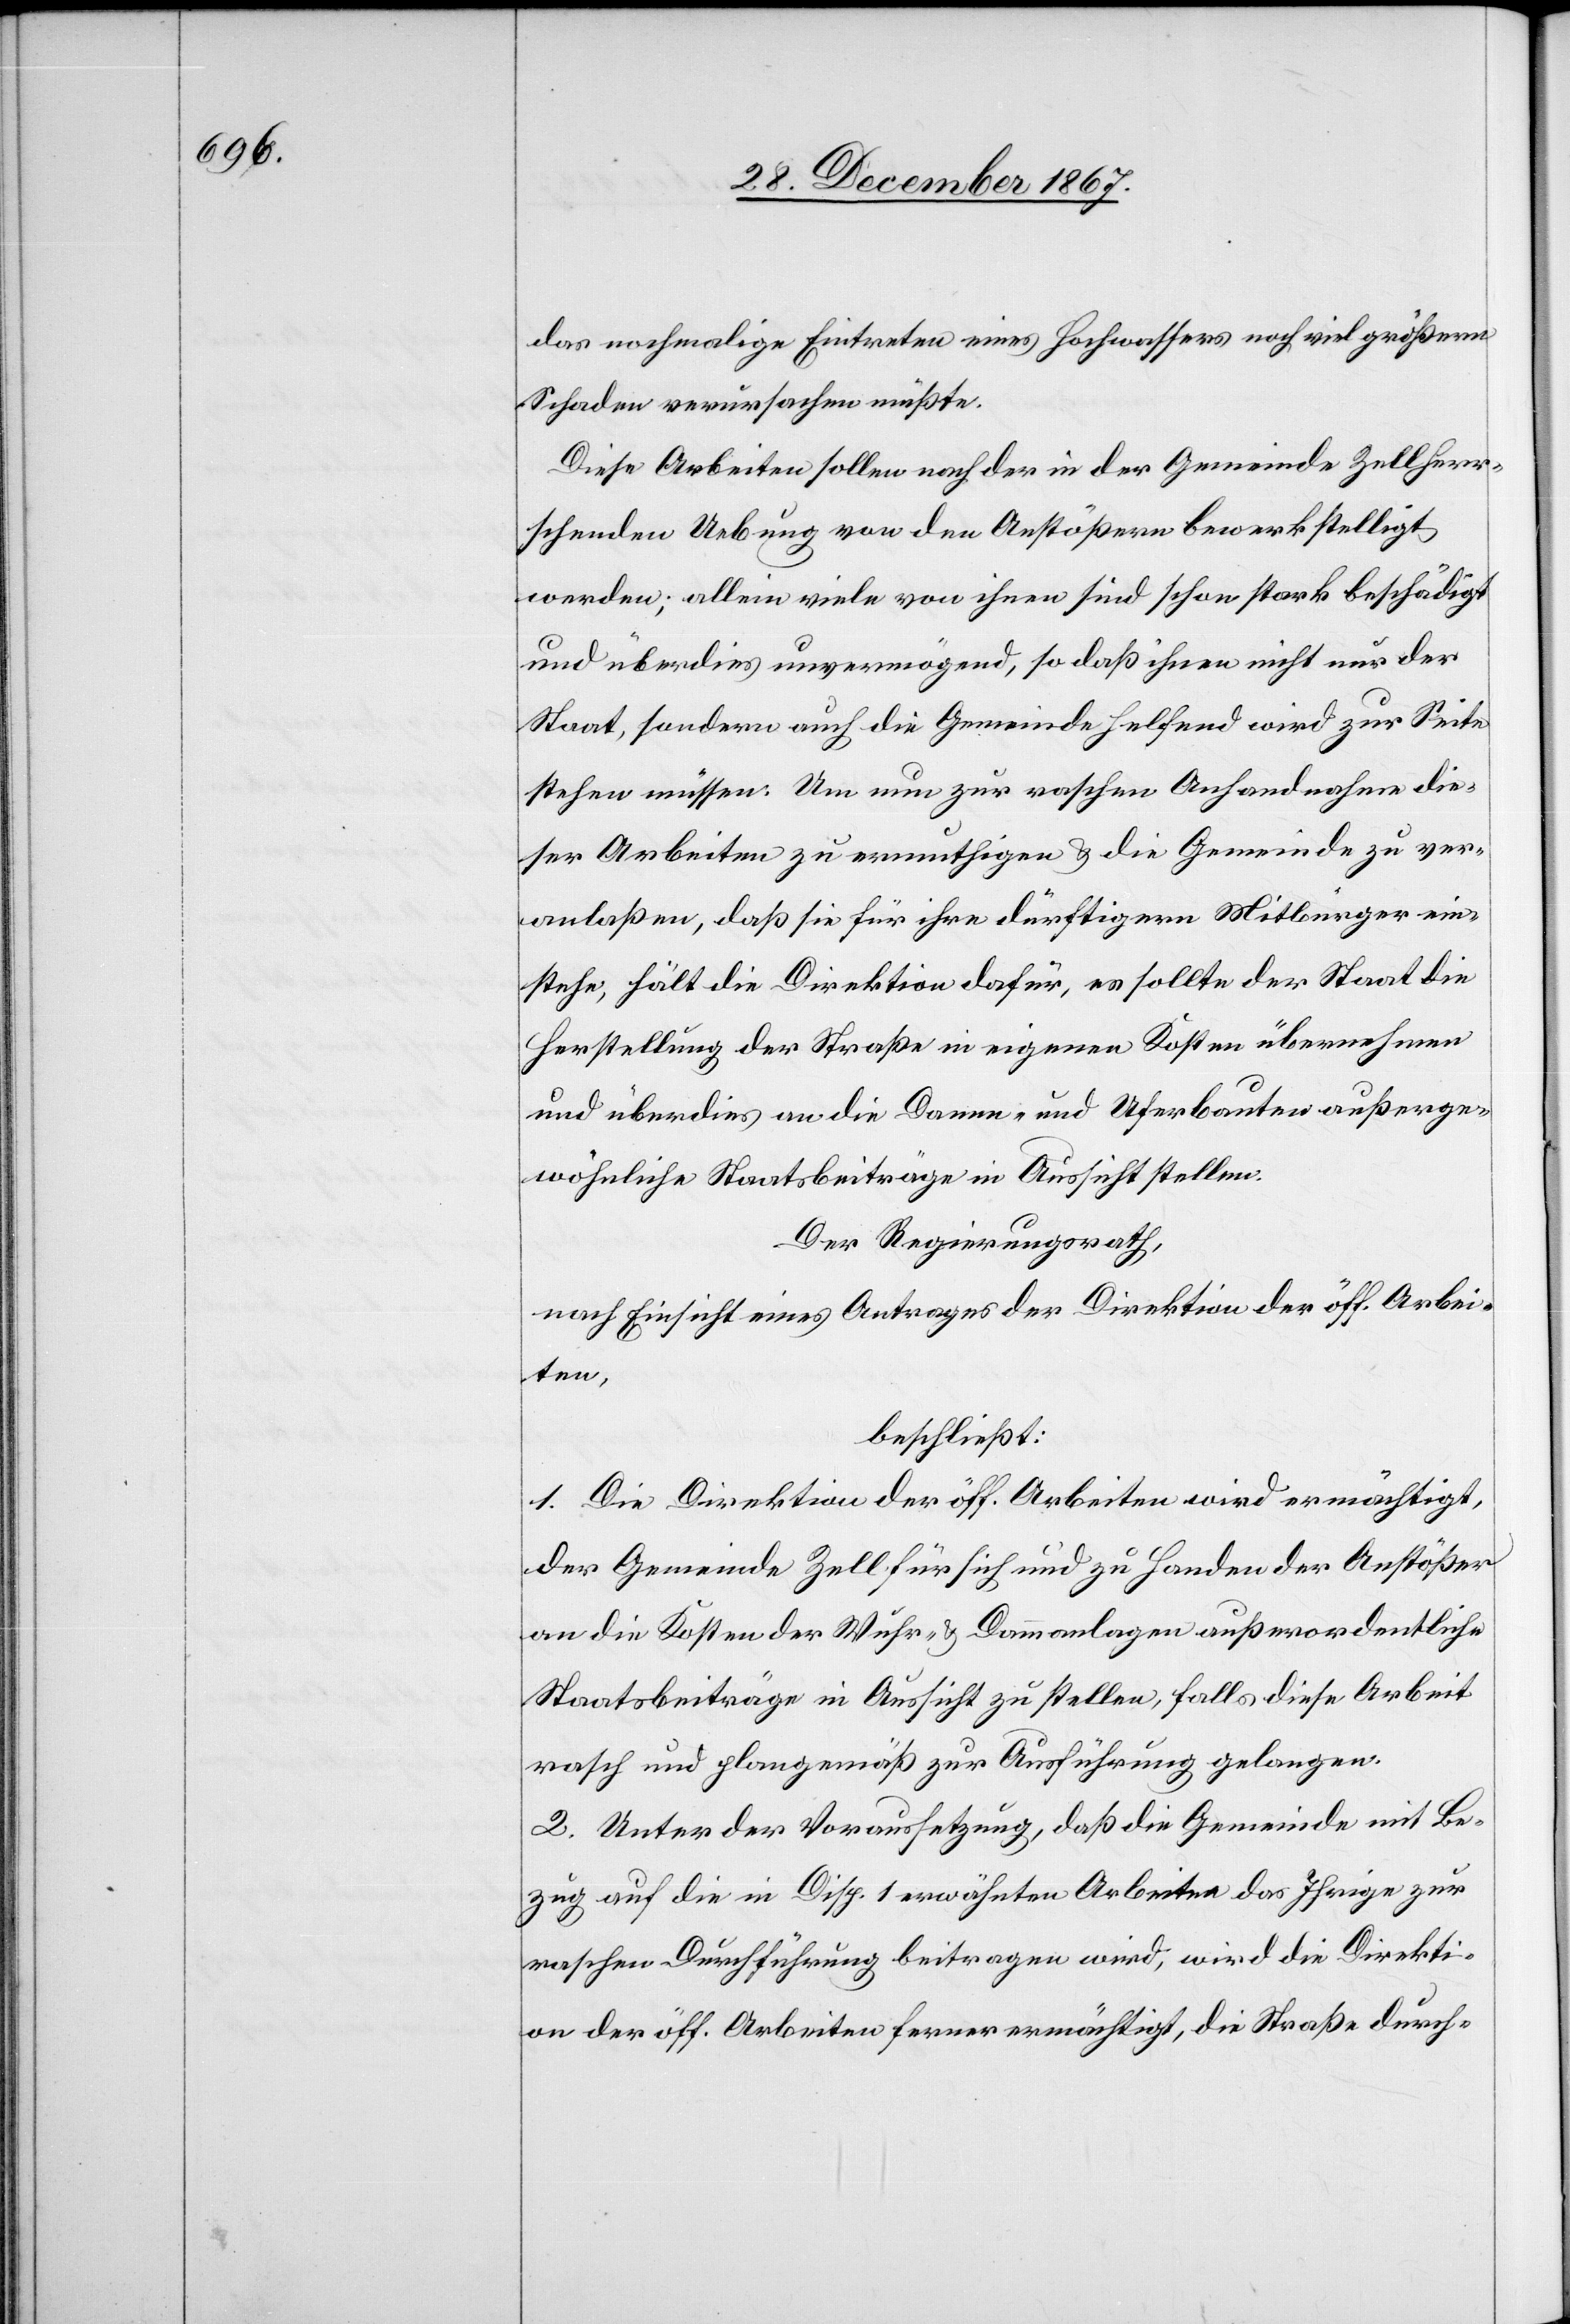
das nochmalige Eintreten eines Hochwassers noch viel größern
Schaden verursachen müßte.
Diese Arbeiten sollen nach der in der Gemeinde Zell herr¬
schenden Uebung von den Anstößern bewerkstelligt
werden; allein viele von ihnen sind schon stark beschädigt
und überdies unvermögend, so daß ihnen nicht nur der
Staat, sondern auch die Gemeinde helfend wird zur Seite
stehen müssen. Um nun zur raschen Anhandnahme die¬
ser Arbeiten zu ermuthigen u. die Gemeinde zu ver¬
anlaßen, daß sie für ihre dürftigen Mitbürger ein¬
stehe, hält die Direktion dafür, es sollte der Staat die
Herstellung der Straße in eigenen Kosten übernehmen
und überdies an die Damm- und Uferbauten außerge¬
wöhnliche Staatsbeiträge in Aussicht stellen.
Der Regierungsrath,
nach Einsicht eines Antrages der Direktion der öff. Arbei¬
ten,
beschließt:
1. Die Direktion der öff. Arbeiten wird ermächtigt,
der Gemeinde Zell für sich und zu Handen der Anstößer
an die Kosten der Wuhr- u. Dammanlagen außerordentliche
Staatsbeiträge in Aussicht zu stellen, falls diese Arbeit[en]
rasch und planmäßig zur Ausführung gelangen.
2. Unter der Voraussetzung, daß die Gemeinde mit Be¬
zug auf die in Disp. 1 erwähnten Arbeiten das Ihrige zur
raschen Durchführung beitragen wird, wird die Direkti¬
on der öff. Arbeiten ferner ermächtigt, die Straße durch-